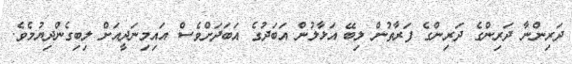
ދަރިންނާ ދަރިންގެ ދަރިންގެ ފަރާތުން ލިބޭ އަޅާލުން އަބަދުގެ އަބަދަށްވެސް އައިމިނަދީއަށް ލިބިގެންދިޔުމެވެ.